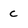
Character: c